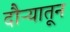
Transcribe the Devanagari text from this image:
दौऱ्यातून